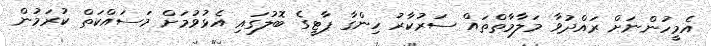
އެމީހުންނަށް ރައްދުވާ މަލާމާތްތައް ސަރުކާރު ހިންގާ ޕާޓީގެ ބޮލުގައި އެޅުވުމަށް މަސައްކަތް ކުރަމުން